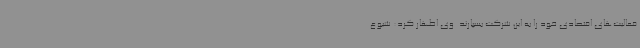
فعالیت‌های اقتصادی خود را به این شرکت بسپارند. وی اظهار کرد: شیوع